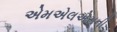
એમએલએસની